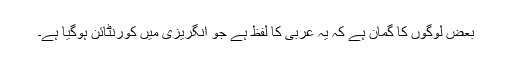
بعض لوگوں کا گمان ہے کہ یہ عربی کا لفظ ہے جو انگریزی میں کورنٹائن ہوگیا ہے۔